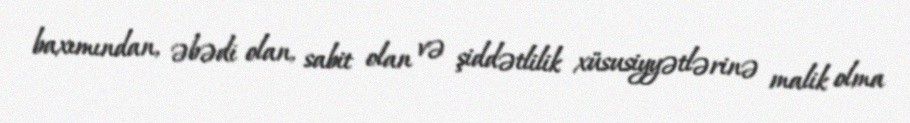
baxımından, əbədi olan, sabit olan və şiddətlilik xüsusiyyətlərinə malik olma